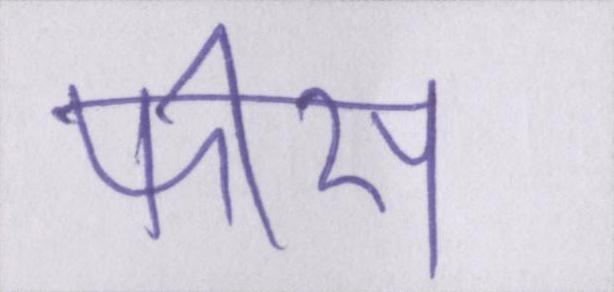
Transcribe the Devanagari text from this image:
फीस